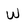
Character: W